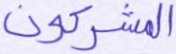
المشركون